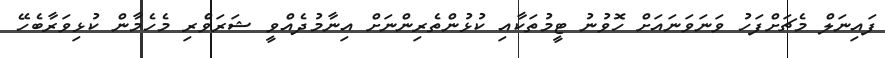
ފައިނަލް މެޗަށްފަހު ވަނަވަނައަށް ހޮވުނު ޓީމުތަކާއި ކުޅުންތެރިންނަށް އިނާމުދެއްވީ ޝަރަވްެރި މެހެމާން ކުޅިވަރާބެހޭ